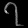
Digit: ၇